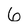
Character: 6